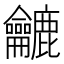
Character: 𪛓